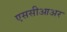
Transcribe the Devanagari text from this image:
एससीआअर